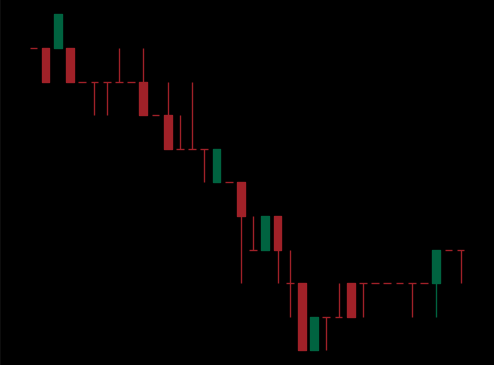
Pattern: bull_flag